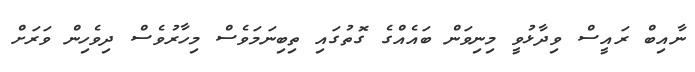
ނާއިބް ރައީސް ވިދާޅުވީ މިނިވަން ބައެއްގެ ގޮތުގައި ތިބިނަމަވެސް މިހާރުވެސް ދިވެހިން ވަރަށް